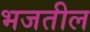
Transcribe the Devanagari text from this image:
भजतील